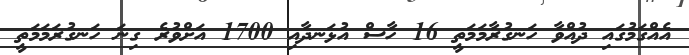
އެއްގަމުގައި ދުއްވާ ހަނގުރާމަމަތީ 16 ހާސް އުޅަނދާއި 1700 އަށްވުރެ ގިނަ ހަނގުރަމަމަތީ